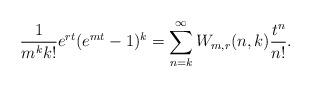
LaTeX: \begin{align*}\frac{1}{m^k k!} e^{rt} (e^{mt}-1)^k = \sum_{n=k}^\infty W_{m,r}(n,k) \frac{t^n}{n!}.\end{align*}